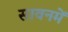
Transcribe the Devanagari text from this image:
सावनमें